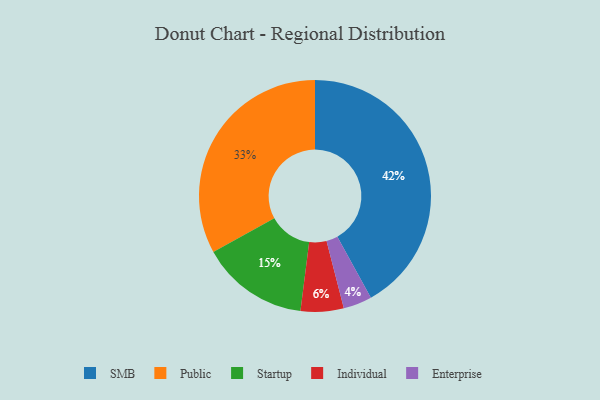
{"axis": {"x": "Category", "y": "Percentage"}, "legend": ["Enterprise", "Individual", "Public", "SMB", "Startup"], "data": [{"x": "SMB", "y": 42, "type": "SMB"}, {"x": "Enterprise", "y": 4, "type": "Enterprise"}, {"x": "Startup", "y": 15, "type": "Startup"}, {"x": "Public", "y": 33, "type": "Public"}, {"x": "Individual", "y": 6, "type": "Individual"}]}